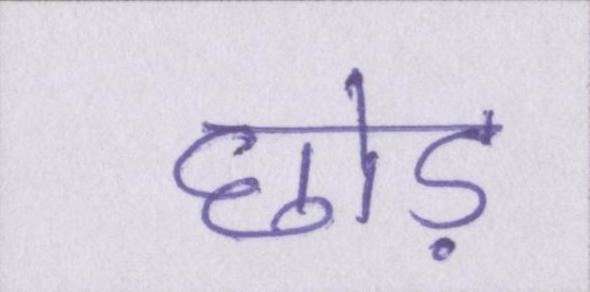
छोड़